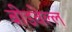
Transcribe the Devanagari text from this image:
बीडवेल्ल